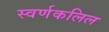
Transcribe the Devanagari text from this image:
स्वर्णकलिल